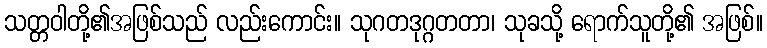
သတ္တဝါတို့၏အဖြစ်သည် လည်းကောင်း။ သုဂတဒုဂ္ဂတတာ၊ သုခသို့ ရောက်သူတို့၏ အဖြစ်။